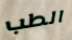
الطب